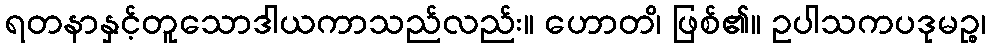
ရတနာနှင့်တူသောဒါယကာသည်လည်း။ ဟောတ၊ိ ဖြစ်၏။ ဥပါသကပဒုမဉ္စ၊